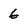
Character: 6